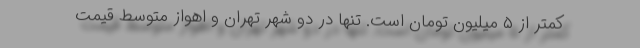
کمتر از ۵ میلیون تومان است. تنها در دو شهر تهران و اهواز متوسط قیمت